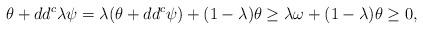
LaTeX: \begin{align*}\theta + dd^c \lambda \psi = \lambda (\theta+dd^c \psi) + (1-\lambda)\theta \geq \lambda\omega+(1-\lambda)\theta\geq 0,\end{align*}